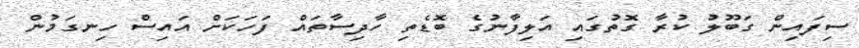
ސިފައިން ގަބޫލު ކުރާ ގޮތުގައި އަލިފާނުގެ ބޮޑެތި ހާދިސާތައް ފަހަކަށް އައިސް ހިނގަމުން